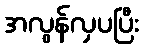
အလွန်လှပပြီး